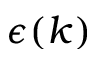
\epsilon ( k )